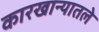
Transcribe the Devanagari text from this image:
कारखान्यातले